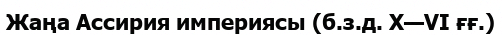
Жаңа Ассирия империясы (б.з.д. X—VI ғғ.)